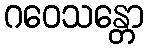
ဂဝေသန္တော